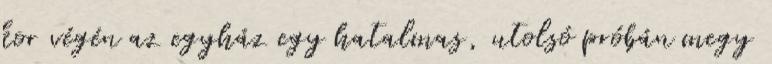
kor végén az egyház egy hatalmas, utolsó próbán megy